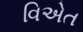
વિએત